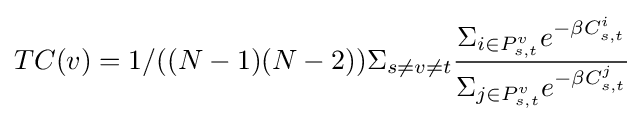
TC(v)=1/((N-1)(N-2))\Sigma _{s\neq v\neq t}{\frac {\Sigma _{i\in P_{s,t}^{v}}e^{-\beta C_{s,t}^{i}}}{\Sigma _{j\in P_{s,t}^{v}}e^{-\beta C_{s,t}^{j}}}}